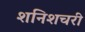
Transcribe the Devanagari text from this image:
शनिशचरी